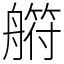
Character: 䒀